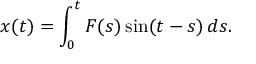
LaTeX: x ( t ) = \int _ { 0 } ^ { t } F ( s ) \sin ( t - s ) \, d s .